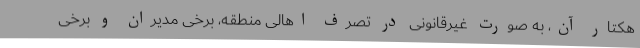
هکتار آن، به صورت غیرقانونی در تصرف اهالی منطقه، برخی مدیران و برخی